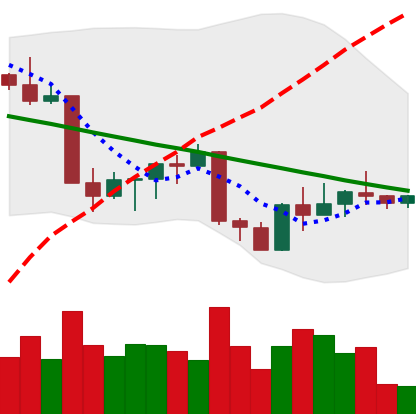
Ticker: ETH-USD
Chart end date: 2022-09-04
Forward return: 8.965%
Label: up_7plus